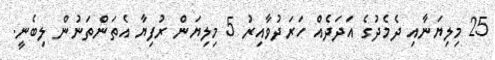
25 މިލިޔަނާއި ދެމެދުގެ އަދަދެއް ހަރަދުވާއިރު 5 މިލިޔަން ރުފިޔާ އެތަންތަނުން ލިބެނީ.